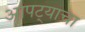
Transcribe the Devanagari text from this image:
आपट्याचा